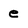
Character: e